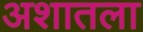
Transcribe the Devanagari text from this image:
अशातला